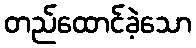
တည်ထောင်ခဲ့သော